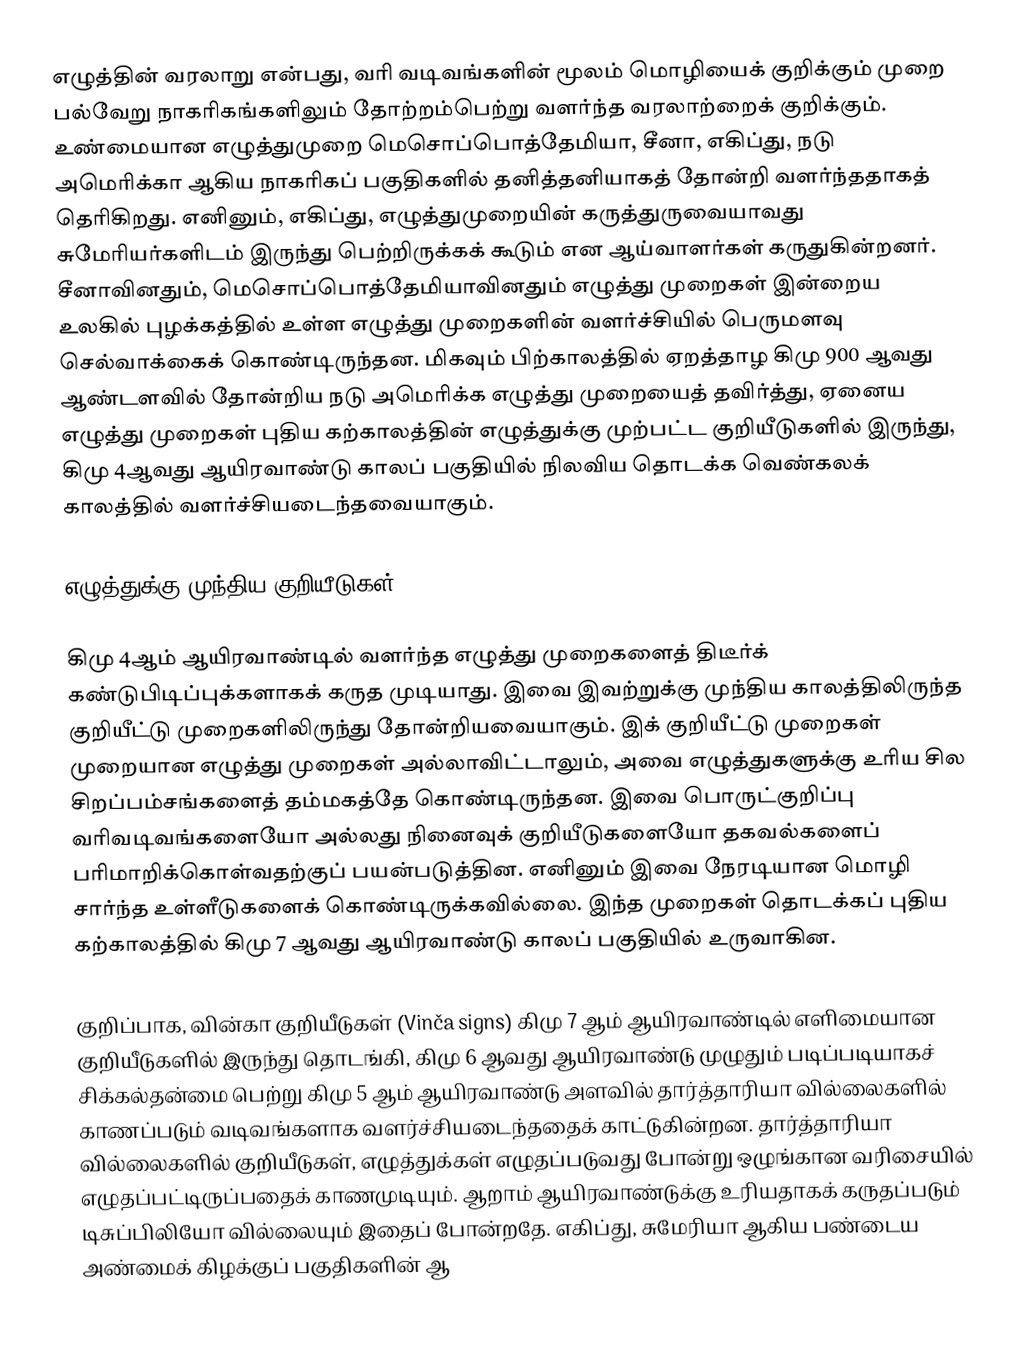
எழுத்தின் வரலாறு என்பது, வரி வடிவங்களின் மூலம் மொழியைக் குறிக்கும் முறை பல்வேறு நாகரிகங்களிலும் தோற்றம்பெற்று வளர்ந்த வரலாற்றைக் குறிக்கும். உண்மையான எழுத்துமுறை மெசொப்பொத்தேமியா, சீனா, எகிப்து, நடு அமெரிக்கா ஆகிய நாகரிகப் பகுதிகளில் தனித்தனியாகத் தோன்றி வளர்ந்ததாகத் தெரிகிறது. எனினும், எகிப்து, எழுத்துமுறையின் கருத்துருவையாவது சுமேரியர்களிடம் இருந்து பெற்றிருக்கக் கூடும் என ஆய்வாளர்கள் கருதுகின்றனர். சீனாவினதும், மெசொப்பொத்தேமியாவினதும் எழுத்து முறைகள் இன்றைய உலகில் புழக்கத்தில் உள்ள எழுத்து முறைகளின் வளர்ச்சியில் பெருமளவு செல்வாக்கைக் கொண்டிருந்தன. மிகவும் பிற்காலத்தில் ஏறத்தாழ கிமு 900 ஆவது ஆண்டளவில் தோன்றிய நடு அமெரிக்க எழுத்து முறையைத் தவிர்த்து, ஏனைய எழுத்து முறைகள் புதிய கற்காலத்தின் எழுத்துக்கு முற்பட்ட குறியீடுகளில் இருந்து, கிமு 4ஆவது ஆயிரவாண்டு காலப் பகுதியில் நிலவிய தொடக்க வெண்கலக் காலத்தில் வளர்ச்சியடைந்தவையாகும்.

எழுத்துக்கு முந்திய குறியீடுகள்

கிமு 4ஆம் ஆயிரவாண்டில் வளர்ந்த எழுத்து முறைகளைத் திடீர்க் கண்டுபிடிப்புக்களாகக் கருத முடியாது. இவை இவற்றுக்கு முந்திய காலத்திலிருந்த குறியீட்டு முறைகளிலிருந்து தோன்றியவையாகும். இக் குறியீட்டு முறைகள் முறையான எழுத்து முறைகள் அல்லாவிட்டாலும், அவை எழுத்துகளுக்கு உரிய சில சிறப்பம்சங்களைத் தம்மகத்தே கொண்டிருந்தன. இவை பொருட்குறிப்பு வரிவடிவங்களையோ அல்லது நினைவுக் குறியீடுகளையோ தகவல்களைப் பரிமாறிக்கொள்வதற்குப் பயன்படுத்தின. எனினும் இவை நேரடியான மொழி சார்ந்த உள்ளீடுகளைக் கொண்டிருக்கவில்லை. இந்த முறைகள் தொடக்கப் புதிய கற்காலத்தில் கிமு 7 ஆவது ஆயிரவாண்டு காலப் பகுதியில் உருவாகின.

குறிப்பாக, வின்கா குறியீடுகள் (Vinča signs) கிமு 7 ஆம் ஆயிரவாண்டில் எளிமையான குறியீடுகளில் இருந்து தொடங்கி, கிமு 6 ஆவது ஆயிரவாண்டு முழுதும் படிப்படியாகச் சிக்கல்தன்மை பெற்று கிமு 5 ஆம் ஆயிரவாண்டு அளவில் தார்த்தாரியா வில்லைகளில் காணப்படும் வடிவங்களாக வளர்ச்சியடைந்ததைக் காட்டுகின்றன. தார்த்தாரியா வில்லைகளில் குறியீடுகள், எழுத்துக்கள் எழுதப்படுவது போன்று ஒழுங்கான வரிசையில் எழுதப்பட்டிருப்பதைக் காணமுடியும். ஆறாம் ஆயிரவாண்டுக்கு உரியதாகக் கருதப்படும் டிசுப்பிலியோ வில்லையும் இதைப் போன்றதே. எகிப்து, சுமேரியா ஆகிய பண்டைய அண்மைக் கிழக்குப் பகுதிகளின் ஆ